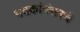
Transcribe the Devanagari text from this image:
पदकांनंतरचे